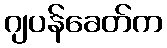
ဂျပန်ခေတ်က